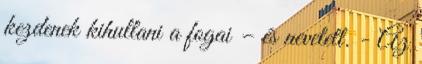
kezdenek kihullani a fogai – és nevetett. - Az